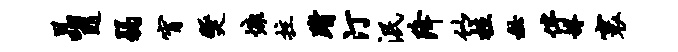
晶随弱宵燹慷拄踏汀泯降似拉秘伴罅寰